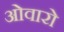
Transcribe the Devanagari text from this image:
ओवारो